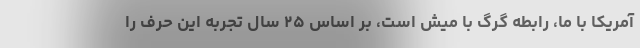
آمریکا با ما، رابطه گرگ با میش است، بر اساس ۲۵ سال تجربه این حرف را